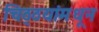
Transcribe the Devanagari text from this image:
चिठ्ठयांमधून